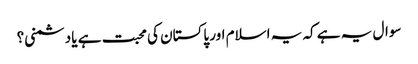
سوال یہ ہے کہ یہ اسلام اور پاکستان کی محبت ہے یا دشمنی؟